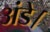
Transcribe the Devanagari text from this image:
अंडे।